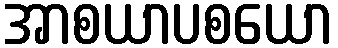
အာစယာပစယော